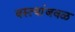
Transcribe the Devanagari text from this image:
वस्त्यांजवळ